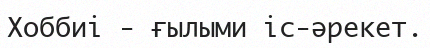
Хоббиі - ғылыми іс-әрекет.